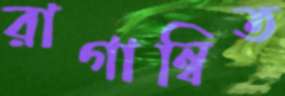
রাগান্বিত